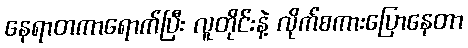
နေရာတကာရောက်ပြီး လူတိုင်းနဲ့ လိုက်စကားပြောနေတာ